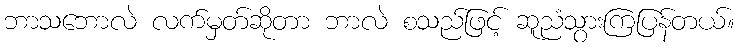
ဘာသဘောလဲ လက်မှတ်ဆိုတာ ဘာလဲ စသည်ဖြင့် ဆူညံသွားကြပြန်တယ်။